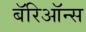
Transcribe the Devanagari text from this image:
बॅरिऑन्स